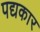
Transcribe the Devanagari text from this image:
पद्यकार